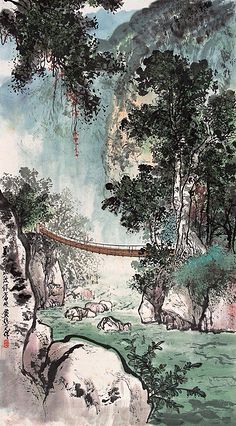
蜡炬风摇帘不下，竹影半墙如画。